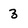
Character: 3